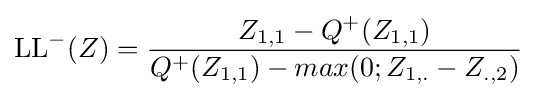
{\text{LL}}^{-}(Z)={\frac {Z_{1,1}-Q^{+}(Z_{1,1})}{Q^{+}(Z_{1,1})-max(0;Z_{1,.}-Z_{.,2})}}